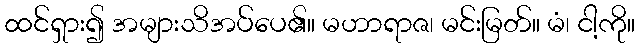
ထင်ရှား၍ အများသိအပ်ပေ၏။ မဟာရာဇ၊ မင်းမြတ်။ မံ၊ ငါ့ကို။